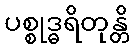
ပစ္စုဒ္ဓရိတုန္တိ